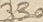
Text: 330